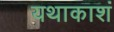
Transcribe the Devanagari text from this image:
यथाकाशं